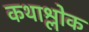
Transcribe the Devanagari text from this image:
कथाश्लोक